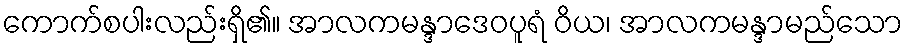
ကောက်စပါးလည်းရှိ၏။ အာလကမန္ဒာဒေဝပူရံ ဝိယ၊ အာလကမန္ဒာမည်သော